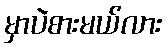
မှာပဲစားမယ်လား